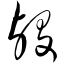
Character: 殁